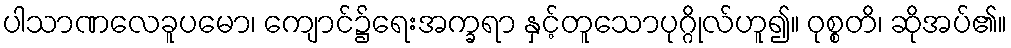
ပါသာဏလေခူပမော၊ ကျောင်၌ရေးအက္ခရာ နှင့်တူသောပုဂ္ဂိုလ်ဟူ၍။ ဝုစ္စတိ၊ ဆိုအပ်၏။